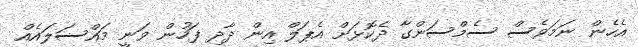
އެހެން ނަމަވެސް ސެމްސަންގާ ދެކޮޅަށް އެޕަލް އިން ދާދި ފަހުން ވަނީ މައްސަލައެއް